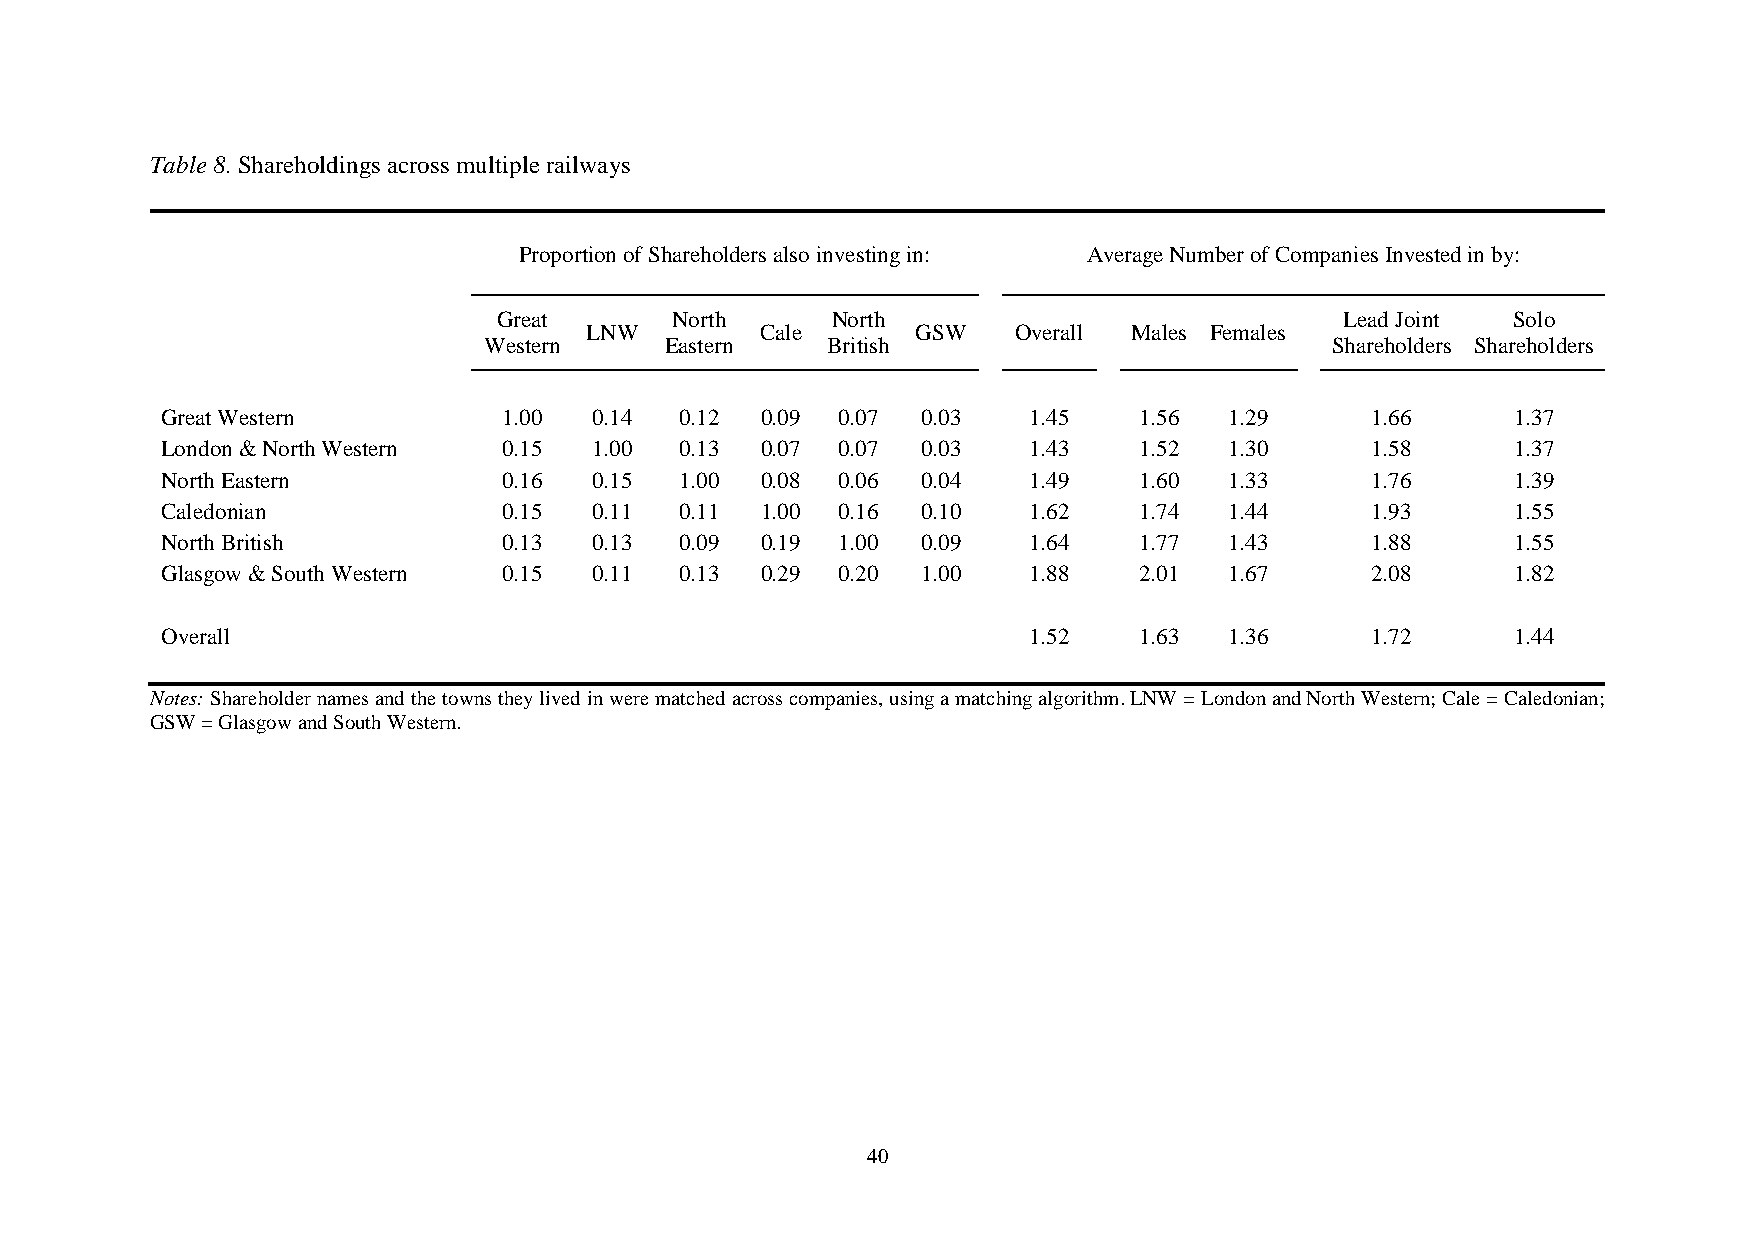
Table 8. Shareholdings across multiple railways
 Proportion of Shareholders also investing in: Average Number of Companies Invested in by:
 Great      North      North                             Lead Joint Solo
 LNW        Cale       GSW   Overall Males Females
 Western     Eastern    British                          Shareholders Shareholders
 Great Western         1.00  0.14  0.12 0.09 0.07  0.03   1.45   1.56  1.29      1.66     1.37
 London & North Western 0.15 1.00  0.13 0.07 0.07  0.03   1.43   1.52  1.30      1.58     1.37
 North Eastern         0.16  0.15  1.00 0.08 0.06  0.04   1.49   1.60  1.33      1.76     1.39
 Caledonian            0.15  0.11  0.11 1.00 0.16  0.10   1.62   1.74  1.44      1.93     1.55
 North British         0.13  0.13  0.09 0.19 1.00  0.09   1.64   1.77  1.43      1.88     1.55
 Glasgow & South Western 0.15 0.11 0.13 0.29 0.20  1.00   1.88   2.01  1.67      2.08     1.82
 Overall                                                  1.52   1.63  1.36      1.72     1.44
 Notes: Shareholder names and the towns they lived in were matched across companies, using a matching algorithm. LNW = London and North Western; Cale = Caledonian;
 GSW = Glasgow and South Western.
 40